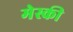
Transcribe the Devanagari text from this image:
मेस्की